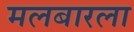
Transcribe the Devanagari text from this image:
मलबारला